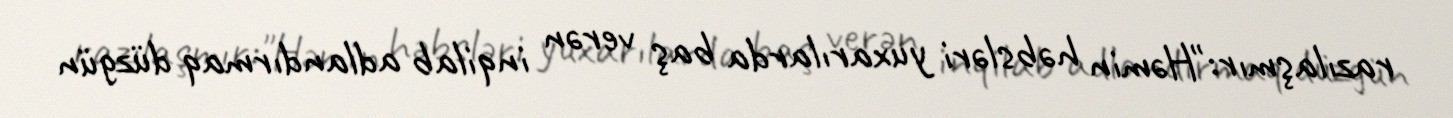
razılaşmır:"Həmin həbsləri yuxarılarda baş verən inqilab adlandırmaq düzgün